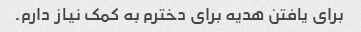
برای یافتن هدیه برای دخترم به کمک نیاز دارم.